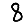
Digit: 8